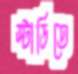
স্টাডিতে